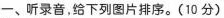
一、听录音,给下列图片排序.(10 分)